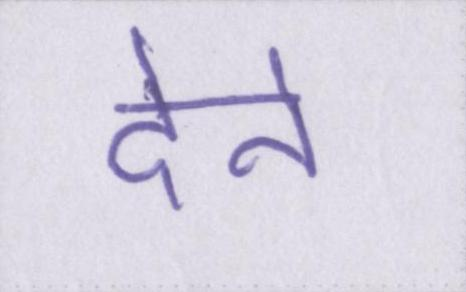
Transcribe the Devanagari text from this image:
देने